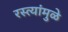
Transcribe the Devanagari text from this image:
रस्त्यांमुळे